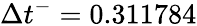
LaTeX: \Delta{t}^{-}=0.311784